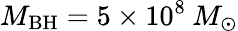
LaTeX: M_{\mathrm{BH}}=5\times 10^{8}\: M_{\odot}